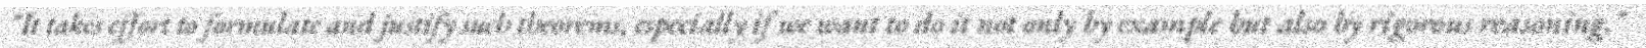
"It takes effort to formulate and justify such theorems, especially if we want to do it not only by example but also by rigorous reasoning."